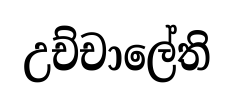
උච්චාලේති